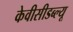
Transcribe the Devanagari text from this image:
केवीसीडब्ल्यू